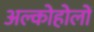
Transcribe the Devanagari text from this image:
अल्कोहोलों